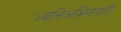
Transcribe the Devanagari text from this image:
ध्वनिअभिनयही